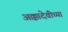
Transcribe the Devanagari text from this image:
अक्कादेवीच्या